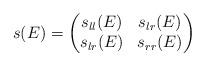
LaTeX: \begin{align*}s(E) = \left( \begin{matrix}s_{ll} (E)& s_{lr} (E)\\ s_{lr} (E) &s_{rr} (E)\end{matrix}\right)\end{align*}